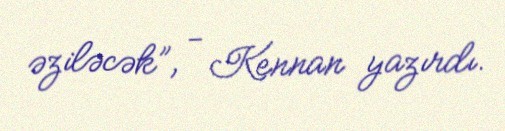
əziləcək”, - Kennan yazırdı.